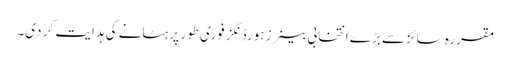
مقررہ سائزسے بڑے انتخابی بینرز ہورڈنگز فوری طور پر ہٹانے کی ہدایت کر دی۔